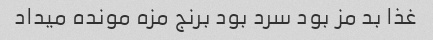
غذا بد مز بود سرد بود برنج مزه مونده میداد